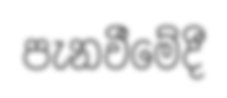
පැනවීමේදී